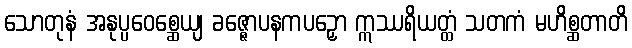
သောတုနံ အနုပ္ပဝေစ္ဆေယျ ခဇ္ဇောပနကပဉှော ဣဿရိယတ္ထံ သတကံ မဟိစ္ဆတာတိ